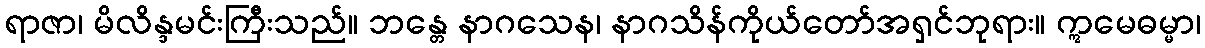
ရာဇာ၊ မိလိန္ဒမင်းကြီးသည်။ ဘန္တေ နာဂသေန၊ နာဂသိန်ကိုယ်တော်အရှင်ဘုရား။ ဣမေဓမ္မာ၊